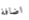
اضافة